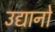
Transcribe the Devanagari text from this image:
उद्यानो